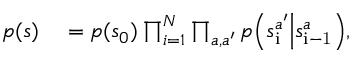
\begin{array} { r l } { p ( s ) } & { { } = p ( s _ { 0 } ) \prod _ { i = 1 } ^ { N } \prod _ { a , a ^ { \prime } } p \Big ( s _ { \mathrm { i } } ^ { a ^ { \prime } } \Big | s _ { \mathrm { i - 1 } } ^ { a } \Big ) , } \end{array}